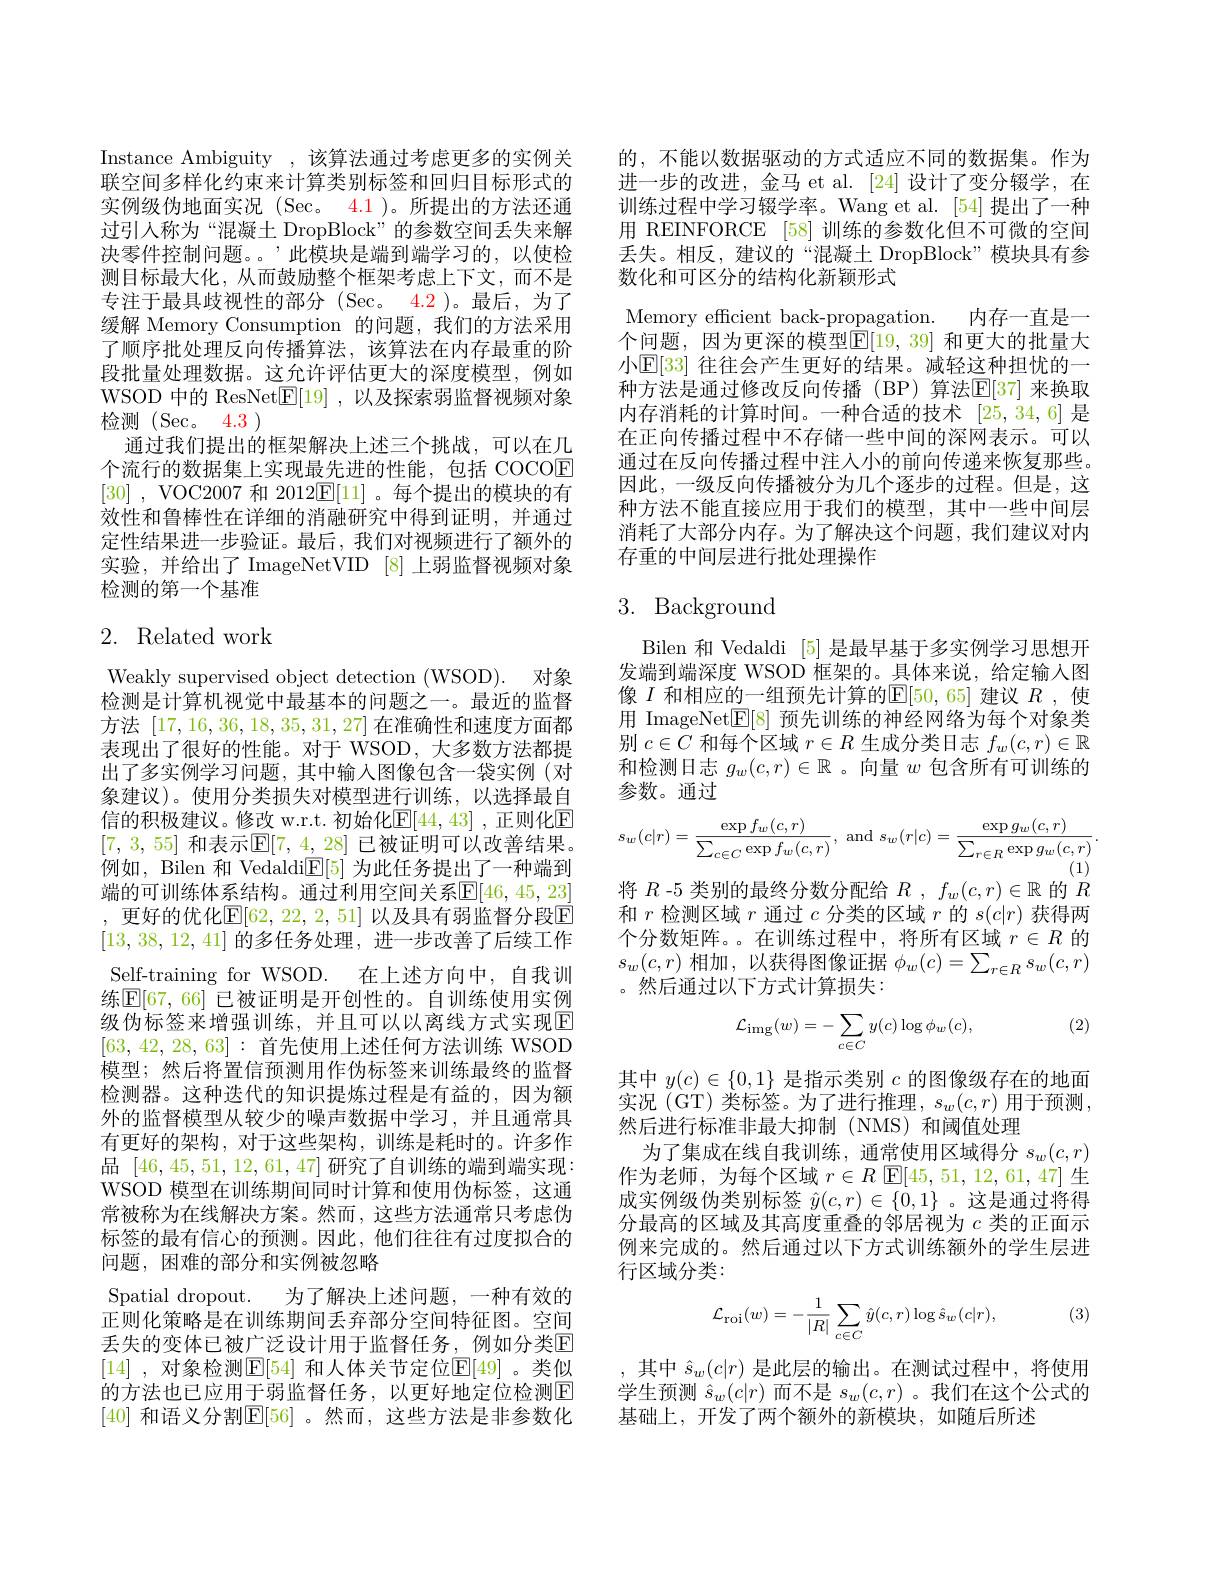
Instance Ambiguity ,该算法通过考虑更多的实例关联空间多样化约束来计算类别标签和回归目标形式的实例级伪地面实况(Sec。4.1 )。所提出的方法还通过引人称为“混凝土 DropBlock”的参数空间丢失来解决零件控制问题。。’此模块是端到端学习的，以使检测目标最大化，从而鼓励整个框架考虑上下文，而不是专注于最具歧视性的部分(Sec。4.2)。最后，为了缓解 Memory Consumption 的问题，我们的方法采用了顺序批处理反向传播算法，该算法在内存最重的阶段批量处理数据。这允许评估更大的深度模型，例如WSOD 中的 ResNet$\underline{\mathrm{E}}[19]$,以及探索弱监督视频对象检测(Sec。4.3)
通过我们提出的框架解决上述三个挑战，可以在几个流行的数据集上实现最先进的性能，包括 COCOE [30] , VOC2007 和 2012$\underline{\mathrm{F}}[1]$。每个提出的模块的有效性和鲁棒性在详细的消融研究中得到证明，并通过定性结果进一步验证。最后，我们对视频进行了额外的实验，并给出了 ImageNetVID [8] 上弱监督视频对象检测的第一个基准

# 2. Related work

Weakly supervised object detection (WSOD). 对象检测是计算机视觉中最基本的问题之一。最近的监督方法[17,16,36,18,35,31,27]在准确性和速度方面都表现出了很好的性能。对于 WSOD, 大多数方法都提出了多实例学习问题，其中输入图像包含一袋实例(对象建议)。使用分类损失对模型进行训练，以选择最自信的积极建议。修改 w.r.t. 初始化$\mathbb{E}[44,43]$ ,正则化$\mathbb{E}$ [7, 3, 55] 和表示$\mathbb{E} [ 7$, 4, 28] 已被证明可以改善结果。例如，Bilen 和 Vedaldi$\underline{\mathrm{E}}[5]$为此任务提出了一种端到端的可训练体系结构。通过利用空间关系$\mathbb{E}[46,45,23]$ , 更好的优化$\mathbb{E}[62,22,2,51]$ 以及具有弱监督分段E [13,38,12,41]的多任务处理，进一步改善了后续工作Self-training for WSOD. 在上述方向中，自我训练$\mathbb{E}[67,66]$ 已被证明是开创性的。自训练使用实例级伪标签来增强训练，并且可以以离线方式实现E [63,42,28,63]:首先使用上述任何方法训练 WSOD 模型；然后将置信预测用作伪标签来训练最终的监督检测器。这种迭代的知识提炼过程是有益的，因为额外的监督模型从较少的噪声数据中学习，并且通常具有更好的架构，对于这些架构，训练是耗时的。许多作品[46,45,51,12,61,47]研究了自训练的端到端实现： WSOD 模型在训练期间同时计算和使用伪标签，这通常被称为在线解决方案。然而，这些方法通常只考虑伪标签的最有信心的预测。因此，他们往往有过度拟合的问题，困难的部分和实例被忽略
Spatial dropout. 为了解决上述问题，一种有效的正则化策略是在训练期间丢弃部分空间特征图。空间丢失的变体已被广泛设计用于监督任务，例如分类回[14] ,对象检测$\mathbb{E}[54]$ 和人体关节定位$\mathbb{E}[49]$ 。类似的方法也已应用于弱监督任务，以更好地定位检测$\boxed{\mathrm{E}}$ [40] 和语义分割$\mathbb{E}[56]$ 。然而，这些方法是非参数化

的，不能以数据驱动的方式适应不同的数据集。作为进一步的改进，金马 et al. [24]设计了变分辍学，在训练过程中学习辍学率。Wang et al. [54] 提出了一种用 REINFORCE [58]训练的参数化但不可微的空间丢失。相反，建议的“混凝土 DropBlock”模块具有参数化和可区分的结构化新颖形式
Memory efficient back-propagation. 内存一直是一个问题，因为更深的模型$\mathbb{E}[19,39]$ 和更大的批量大小$\mathbb{E}[33]$ 往往会产生更好的结果。减轻这种担忧的一种方法是通过修改反向传播(BP)算法$\mathbb{E}[$37] 来换取内存消耗的计算时间。一种合适的技术 [25,34,6] 是在正向传播过程中不存储一些中间的深网表示。可以通过在反向传播过程中注人小的前向传递来恢复那些。因此，一级反向传播被分为几个逐步的过程。但是，这种方法不能直接应用于我们的模型，其中一些中间层消耗了大部分内存。为了解决这个问题，我们建议对内存重的中间层进行批处理操作

# 3. Background

Bilen 和 Vedaldi [5]是最早基于多实例学习思想开发端到端深度 WSOD 框架的。具体来说，给定输入图像$I$ 和相应的一组预先计算的$\mathbb{E}[50,65]$ 建议 $R$ ,使用 ImageNet$\mathbb{E}[8]$预先训练的神经网络为每个对象类别$c\in C$和每个区域$r\in R$生成分类日志$f_w(c,r)\in\mathbb{R}$ 和检测日志$g_w(c,r)\in\mathbb{R}$ 。向量$w$包含所有可训练的参数。通过
$$s_w(c|r)=\frac{\exp f_w(c,r)}{\sum_{c\in C}\exp f_w(c,r)},\:\mathrm{and}\:s_w(r|c)=\frac{\exp g_w(c,r)}{\sum_{r\in R}\exp g_w(c,r)}.$$
将$R$ -5 类别的最终分数分配给$R,f_w(c,r)\in\mathbb{R}$的$R$ 和$r$检测区域$r$通过$c$分类的区域$r$的$s(c|r)$获得两个分数矩阵。。在训练过程中，将所有区域$r\in R$的$s_w(c,r)$相加，以获得图像证据$\phi_w(c)=\sum_r\in Rs_w(c,r)$ 。然后通过以下方式计算损失：

(2)
$$\mathcal{L}_{\mathrm{img}}(w)=-\sum_{c\in C}y(c)\log\phi_w(c),$$
其中$y(c)\in\{0,1\}$是指示类别$c$的图像级存在的地面实况 (GT) 类标签。为了进行推理，$s_w(c,r)$用于预测， 然后进行标准非最大抑制(NMS)和阈值处理
为了集成在线自我训练，通常使用区域得分$s_w(c,r)$ 作为老师，为每个区域$r\in R$ $\mathbb{E}[45,51,12,61,47]$生成实例级伪类别标签$\hat{y}(c,r)\in\{0,1\}$ 。这是通过将得分最高的区域及其高度重叠的邻居视为$c$类的正面示例来完成的。然后通过以下方式训练额外的学生层进行区域分类：

(3)
$$\mathcal{L}_{\mathrm{roi}}(w)=-\frac{1}{|R|}\sum_{c\in C}\hat{y}(c,r)\log\hat{s}_{w}(c|r),$$
,其中$\hat{s}_w(c|r)$ 是此层的输出。在测试过程中，将使用学生预测$\hat{s}_w(c|r)$而不是$s_w(c,r)$ 。我们在这个公式的基础上，开发了两个额外的新模块，如随后所述